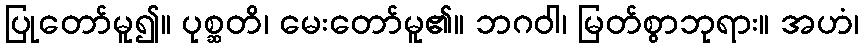
ပြုတော်မူ၍။ ပုစ္ဆတိ၊ မေးတော်မူ၏။ ဘဂဝါ၊ မြတ်စွာဘုရား။ အဟံ၊